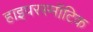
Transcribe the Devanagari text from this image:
हाइपरस्मॉटिक